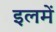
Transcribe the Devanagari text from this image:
इलमें